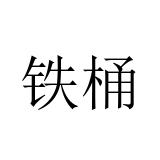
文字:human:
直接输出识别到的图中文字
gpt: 铁桶